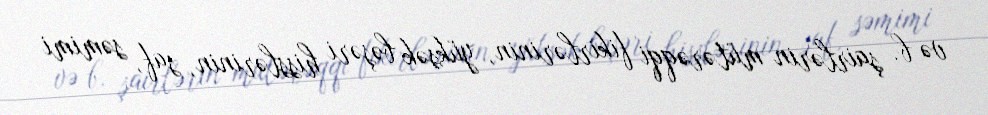
və b. şairlərin mütərəqqi fikirlərinin, yüksək bəşəri hisslərinin, saf, səmimi